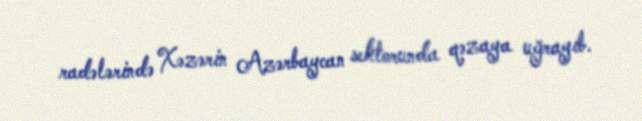
radələrində Xəzərin Azərbaycan sektorunda qəzaya uğrayıb.